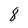
Character: 8